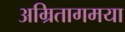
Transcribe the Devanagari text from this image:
अम्रितागमया